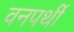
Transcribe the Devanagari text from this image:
वनपर्थी